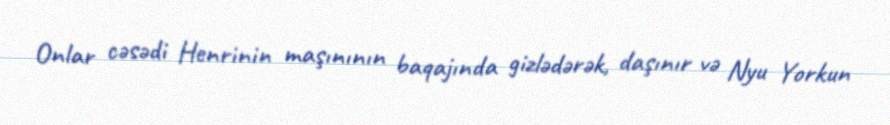
Onlar cəsədi Henrinin maşınının baqajında gizlədərək, daşınır və Nyu Yorkun